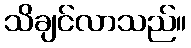
သိချင်လာသည်။